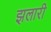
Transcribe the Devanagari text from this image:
झलारी